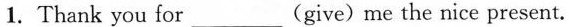
1. Thank you for___(give)me the nice present.